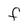
Character: F